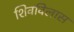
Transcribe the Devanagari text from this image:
शिवविलास